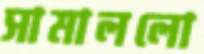
সামাললো